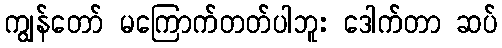
ကျွန်တော် မကြောက်တတ်ပါဘူး ဒေါက်တာ ဆပ်